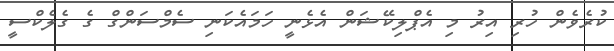
ކުރެވެން ހުރި އިރު މި އެޕްލިކޭޝަން އެޅެނީ ހަމައެކަނި ސެމްސަންގް ގެ ގެލެކްސީ